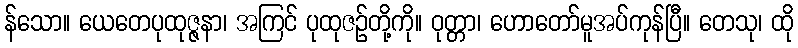
န်သော။ ယေတေပုထုဇ္ဇနာ၊ အကြင် ပုထုဇဉ်တို့ကို။ ဝုတ္တာ၊ ဟောတော်မူအပ်ကုန်ပြီ။ တေသု၊ ထို